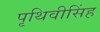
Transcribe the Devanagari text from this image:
पृथिवीसिंह